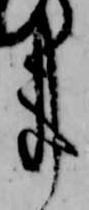
事